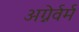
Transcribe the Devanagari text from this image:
अग्नेर्वर्म